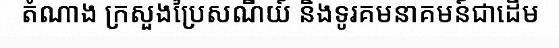
តំណាង ក្រសួងប្រៃសណីយ៍ និងទូរគមនាគមន៍ជាដើម